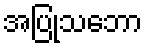
အပြုသဘော